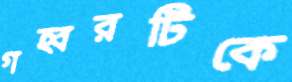
গহ্বরটিকে